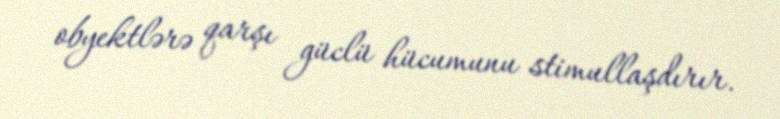
obyektlərə qarşı güclü hücumunu stimullaşdırır.